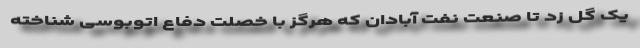
یک گل زد تا صنعت نفت آبادان که هرگز با خصلت‌ دفاع اتوبوسی شناخته